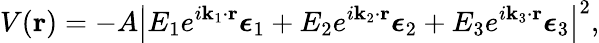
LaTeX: V(\mathbf{r})=-A\left|E_{1}e^{i\mathbf{k}_{1}\mathbf{\cdot r}}\boldsymbol{\epsilon}_{1}+E_{2}e^{i\mathbf{k}_{2}\mathbf{\cdot r}}\boldsymbol{\epsilon}_{2}+E_{3}e^{i\mathbf{k}_{3}\mathbf{\cdot r}}\boldsymbol{\epsilon}_{3}\right|^{2},